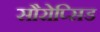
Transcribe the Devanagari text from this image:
सौरोप्सिड